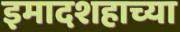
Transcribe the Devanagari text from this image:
इमादशहाच्या